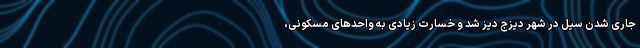
جاری شدن سیل در شهر دیزج دیز شد و خسارت زیادی به واحدهای مسکونی،